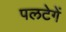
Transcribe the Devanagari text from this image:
पलटेगें